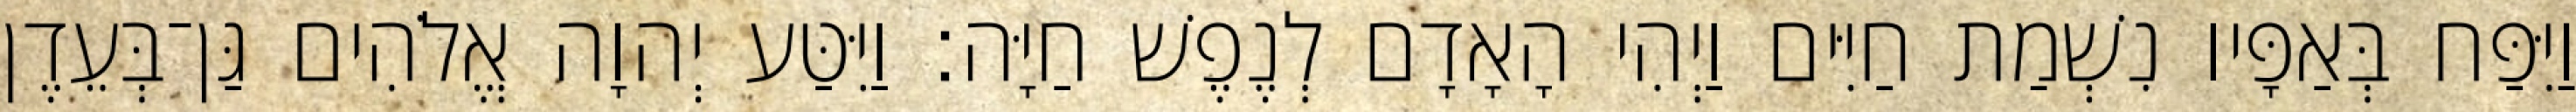
וַיִּפַּח בְּאַפָּיו נִשְׁמַת חַיִּים וַיְהִי הָאָדָם לְנֶפֶשׁ חַיָּה׃ וַיִּטַּע יְהוָה אֱלֹהִים גַּן־בְּעֵדֶן